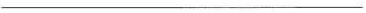
___